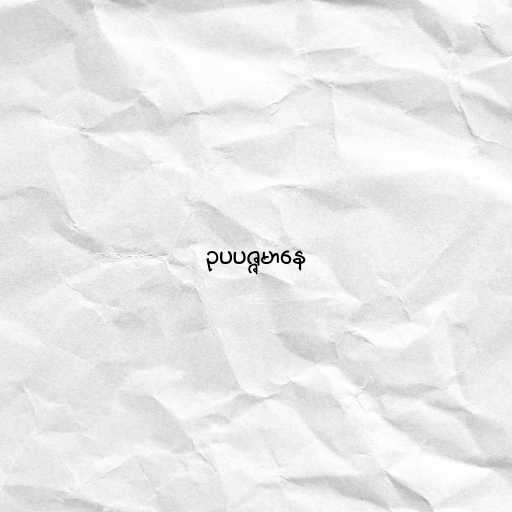
ဥပပဇ္ဇမာနေ